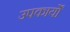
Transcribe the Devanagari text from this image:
उपकार्यों